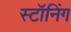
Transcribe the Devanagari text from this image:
स्टॉनिंग